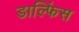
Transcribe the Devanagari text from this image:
डाल्फिंस